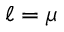
\ell = \mu